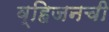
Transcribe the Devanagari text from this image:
व्हिजनची